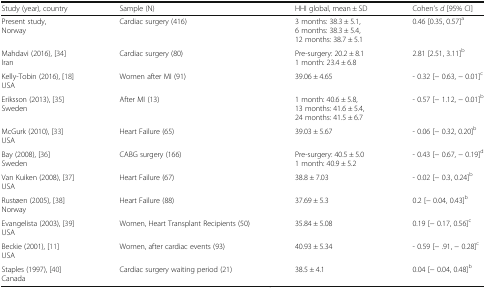
| Study (year), country | Sample (N) | HHI global, mean ± SD | Cohen’s d [95% CI] |
 | --- | --- | --- | --- |
 | Present study,Norway | Cardiac surgery (416) | 3 months: 38.3 ± 5.1,6 months: 38.3 ± 5.4,12 months: 38.7 ± 5.1 | 0.46 [0.35, 0.57]a |
 | Mahdavi (2016), [34]Iran | Cardiac surgery (80) | Pre-surgery: 20.2 ± 8.11 month: 23.4 ± 6.8 | 2.81 [2.51, 3.11]b |
 | Kelly-Tobin (2016), [18]USA | Women after MI (91) | 39.06 ± 4.65 | - 0.32 [− 0.63, − 0.01]c |
 | Eriksson (2013), [35]Sweden | After MI (13) | 1 month: 40.6 ± 5.8,13 months: 41.6 ± 5.4,24 months: 41.5 ± 6.7 | - 0.57 [− 1.12, − 0.01]b |
 | McGurk (2010), [33]USA | Heart Failure (65) | 39.03 ± 5.67 | - 0.06 [− 0.32, 0.20]b |
 | Bay (2008), [36]Sweden | CABG surgery (166) | Pre-surgery: 40.5 ± 5.01 month: 40.9 ± 5.2 | - 0.43 [− 0.67, − 0.19]d |
 | Van Kuiken (2008), [37]USA | Heart Failure (67) | 38.8 ± 7.03 | - 0.02 [− 0.3, 0.24]b |
 | Rustøen (2005), [38]Norway | Heart Failure (88) | 37.69 ± 5.3 | 0.2 [− 0.04, 0.43]b |
 | Evangelista (2003), [39]USA | Women, Heart Transplant Recipients (50) | 35.84 ± 5.08 | 0.19 [− 0.17, 0.56]c |
 | Beckie (2001), [11]USA | Women, after cardiac events (93) | 40.93 ± 5.34 | - 0.59 [− .91, − 0.28]c |
 | Staples (1997), [40]Canada | Cardiac surgery waiting period (21) | 38.5 ± 4.1 | 0.04 [− 0.04, 0.48]b |